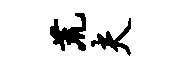
荒夫